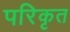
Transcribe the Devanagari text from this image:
परिकृत